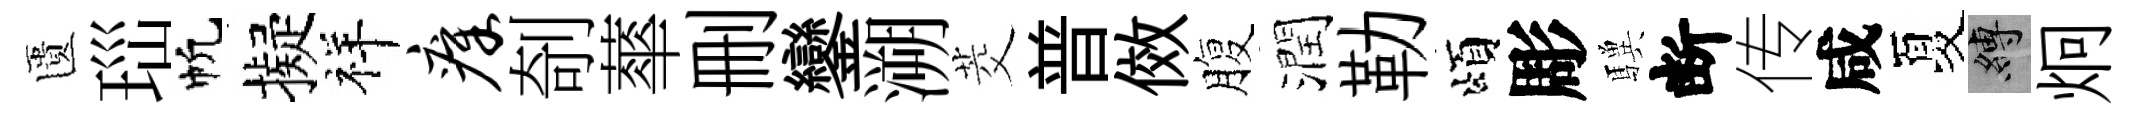
匱𤤼帆擬祥瘴剞蕐删鑾溯茭普傚腹潤勒頌彫驥断传咸夏縛炯